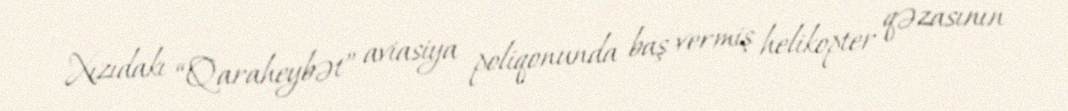
Xızıdakı “Qaraheybət” aviasiya poliqonunda baş vermiş helikopter qəzasının